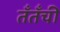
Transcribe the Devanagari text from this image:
तँतँची